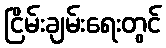
ငြိမ်းချမ်းရေးတွင်